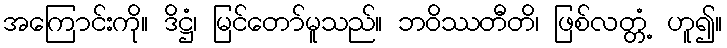
အကြောင်းကို။ ဒိဋ္ဌံ၊ မြင်တော်မူသည်။ ဘဝိဿတီတိ၊ ဖြစ်လတ္တံ့ ဟူ၍။